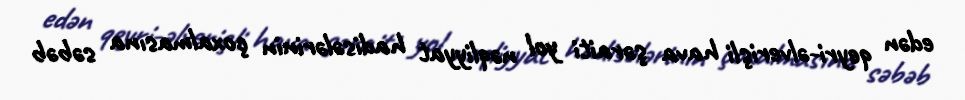
edən qeyri-əlverişli hava şəraiti yol nəqliyyat hadisələrinin çoxalmasına səbəb